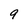
Character: 9